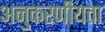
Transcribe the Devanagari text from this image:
अनुकरणीयता